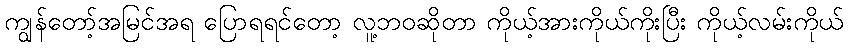
ကျွန်တော့်အမြင်အရ ပြောရရင်တော့ လူ့ဘဝဆိုတာ ကိုယ့်အားကိုယ်ကိုးပြီး ကိုယ့်လမ်းကိုယ်